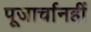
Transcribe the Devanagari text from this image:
पूजार्चानहीं